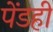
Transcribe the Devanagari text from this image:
पेंडही